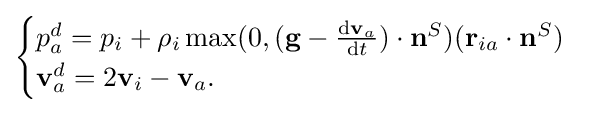
{\begin{cases}p_{a}^{d}=p_{i}+\rho _{i}\max(0,(\mathbf {g} -{\frac {{\text{d}}\mathbf {v} _{a}}{{\text{d}}t}})\cdot \mathbf {n} ^{S})(\mathbf {r} _{ia}\cdot \mathbf {n} ^{S})\\\mathbf {v} _{a}^{d}=2\mathbf {v} _{i}-\mathbf {v} _{a}.\end{cases}}